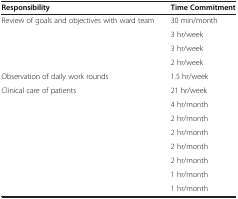
<table><thead><tr><td><b>Responsibility</b></td><td><b>Time Commitment</b></td></tr></thead><tbody><tr><td>Review of goals and objectives with ward team</td><td>30 min/month</td></tr><tr><td>[EMPTY_CELL]</td><td>3 hr/week</td></tr><tr><td>[EMPTY_CELL]</td><td>3 hr/week</td></tr><tr><td>[EMPTY_CELL]</td><td>2 hr/week</td></tr><tr><td>Observation of daily work rounds</td><td>1.5 hr/week</td></tr><tr><td>Clinical care of patients</td><td>21 hr/week</td></tr><tr><td>[EMPTY_CELL]</td><td>4 hr/month</td></tr><tr><td>[EMPTY_CELL]</td><td>2 hr/month</td></tr><tr><td>[EMPTY_CELL]</td><td>2 hr/month</td></tr><tr><td>[EMPTY_CELL]</td><td>2 hr/month</td></tr><tr><td>[EMPTY_CELL]</td><td>2 hr/month</td></tr><tr><td>[EMPTY_CELL]</td><td>1 hr/month</td></tr><tr><td>[EMPTY_CELL]</td><td>1 hr/month</td></tr></tbody></table>